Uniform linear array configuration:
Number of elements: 8
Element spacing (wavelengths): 0.25
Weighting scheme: binomial
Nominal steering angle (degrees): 60
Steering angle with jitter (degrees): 59.354
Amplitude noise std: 0.05
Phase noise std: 0.05

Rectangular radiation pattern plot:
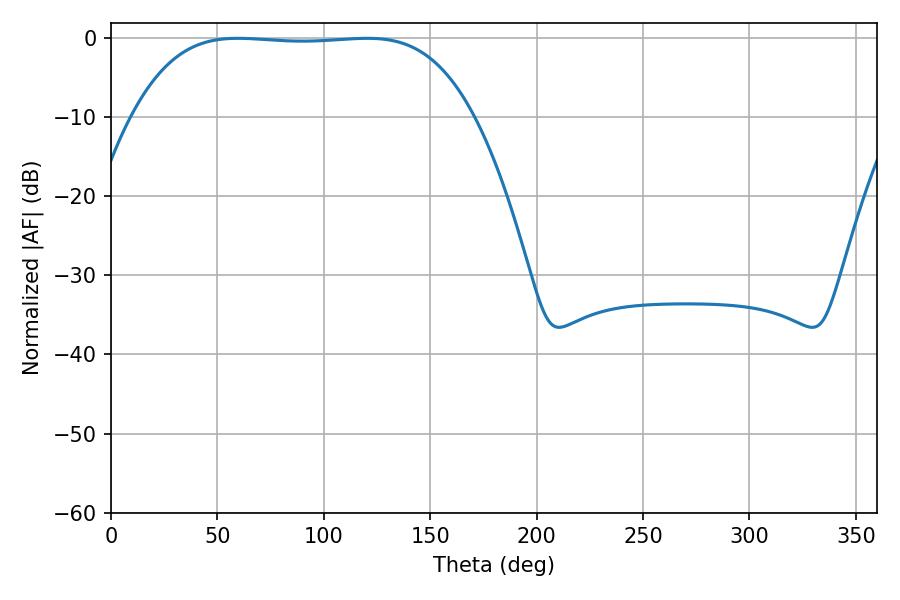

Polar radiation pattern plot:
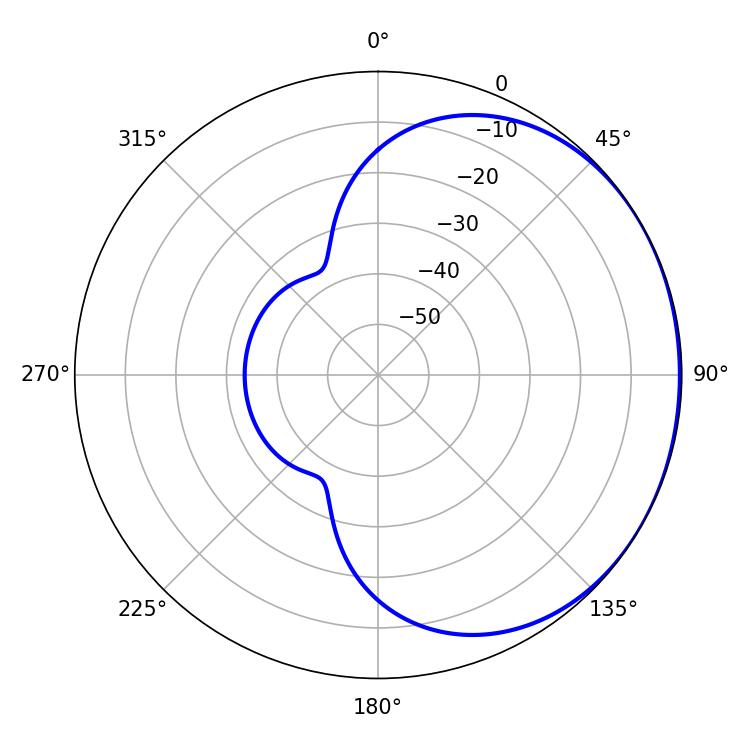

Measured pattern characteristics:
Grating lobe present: FALSE
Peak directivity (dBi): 0.7541
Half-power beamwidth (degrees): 124.2
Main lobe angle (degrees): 59.58